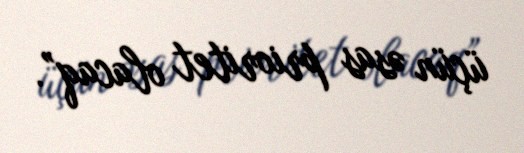
üçün əsas prioritet olacaq”.